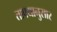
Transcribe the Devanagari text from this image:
ताफ्यानुसार